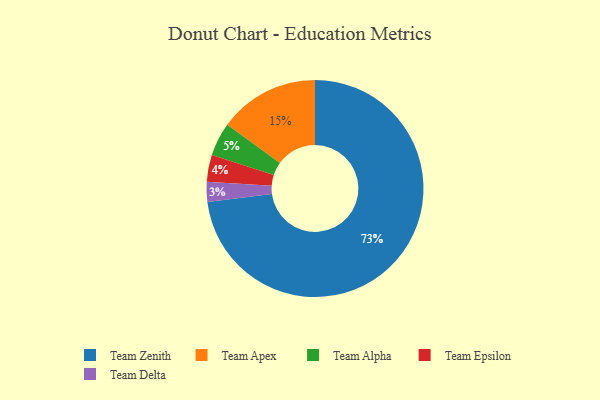
{"axis": {"x": "Category", "y": "Percentage"}, "legend": ["Team Alpha", "Team Apex", "Team Delta", "Team Epsilon", "Team Zenith"], "data": [{"x": "Team Apex", "y": 15, "type": "Team Apex"}, {"x": "Team Zenith", "y": 73, "type": "Team Zenith"}, {"x": "Team Alpha", "y": 5, "type": "Team Alpha"}, {"x": "Team Epsilon", "y": 4, "type": "Team Epsilon"}, {"x": "Team Delta", "y": 3, "type": "Team Delta"}]}